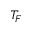
T _ { F }